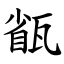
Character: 㼳